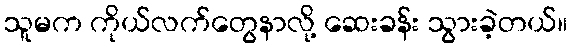
သူမက ကိုယ်လက်တွေနာလို့ ဆေးခန်း သွားခဲ့တယ်။